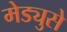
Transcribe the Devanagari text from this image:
मेड्युसे